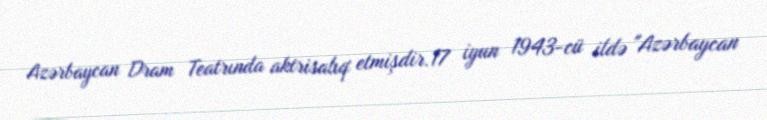
Azərbaycan Dram Teatrında aktrisalıq etmişdir.17 iyun 1943-cü ildə "Azərbaycan